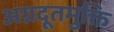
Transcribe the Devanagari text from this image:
अग्रदूतमुक्ति